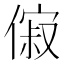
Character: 𬿟